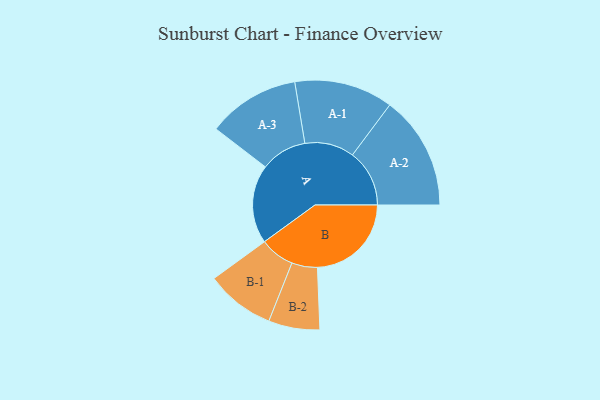
{"axis": {"x": "Segment", "y": "Value"}, "legend": ["", "A", "B"], "data": [{"x": "A", "y": 341, "type": ""}, {"x": "B", "y": 407, "type": ""}, {"x": "A-1", "y": 214, "type": "A"}, {"x": "A-2", "y": 247, "type": "A"}, {"x": "A-3", "y": 200, "type": "A"}, {"x": "B-1", "y": 150, "type": "B"}, {"x": "B-2", "y": 111, "type": "B"}]}